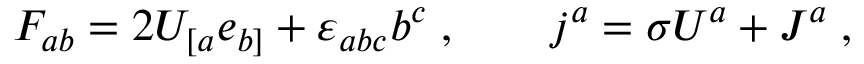
F _ { a b } = 2 U _ { [ a } e _ { b ] } + { \varepsilon } _ { a b c } b ^ { c } \; , \qquad j ^ { a } = \sigma U ^ { a } + J ^ { a } \; ,